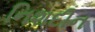
નિશદીન